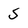
Character: S